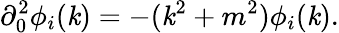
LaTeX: \partial_{0}^{2}\phi_{i}(\mathit{k})=-(\mathit{k}^{2}+m^{2})\phi_{i}(\mathit{k}).